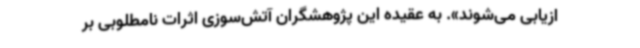
ازیابی می‌شوند». به عقیده این پژوهشگران آتش‌سوزی اثرات نامطلوبی بر